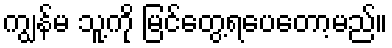
ကျွန်မ သူ့ကို မြင်တွေ့ရပေတော့မည်။